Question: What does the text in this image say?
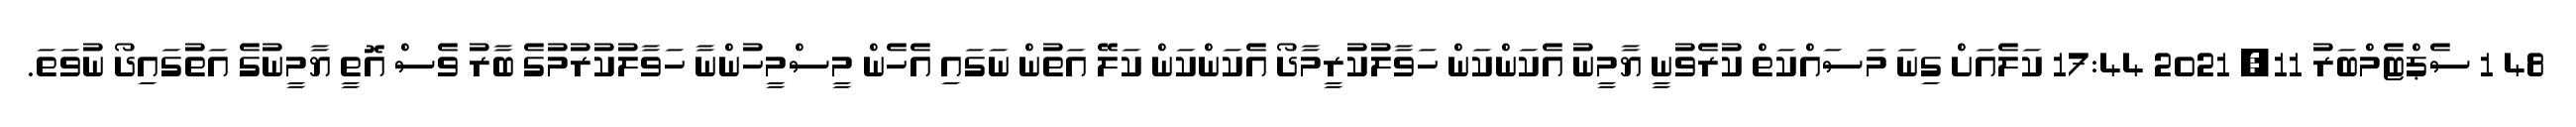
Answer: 48 1 ސެޕްޓެމްބަރު 11, 2021 17:44 ކަލެއަށް ގިނަ މަސައްކަތް ކުރެވުނީ ޔާމީނު އެކަންކަން ހަވާލުކުރީމާދޯ އެކަންކަން ކަލޭ އަތުން ނަގައި އެހެން މީސްމީހުންނާ ހަވާލުކުރުމުގެ ބާރު ވެސް އޮތީ ޔާމީނުގެ އަތުގައިދޯ ނުވަތަ.